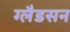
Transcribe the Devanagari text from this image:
ग्लैडसन